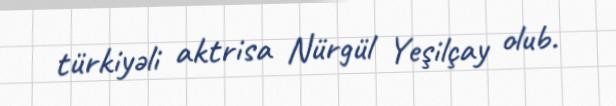
türkiyəli aktrisa Nürgül Yeşilçay olub.